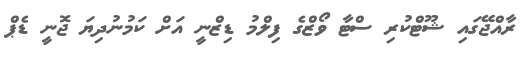
ރާއްޖޭގައި ޝޫޓްކުރި ސްޓާ ވޯޒްގެ ފިލްމު ޑިޒްނީ އަށް ކަމުނުދިޔަ ޖޮނީ ޑެޕް